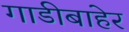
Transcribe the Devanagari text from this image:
गाडीबाहेर